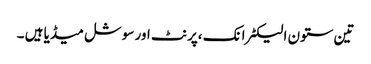
تین ستون الیکٹرانک ،پرنٹ اور سوشل میڈیا ہیں ۔